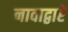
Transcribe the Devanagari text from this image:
नावाद्वारे